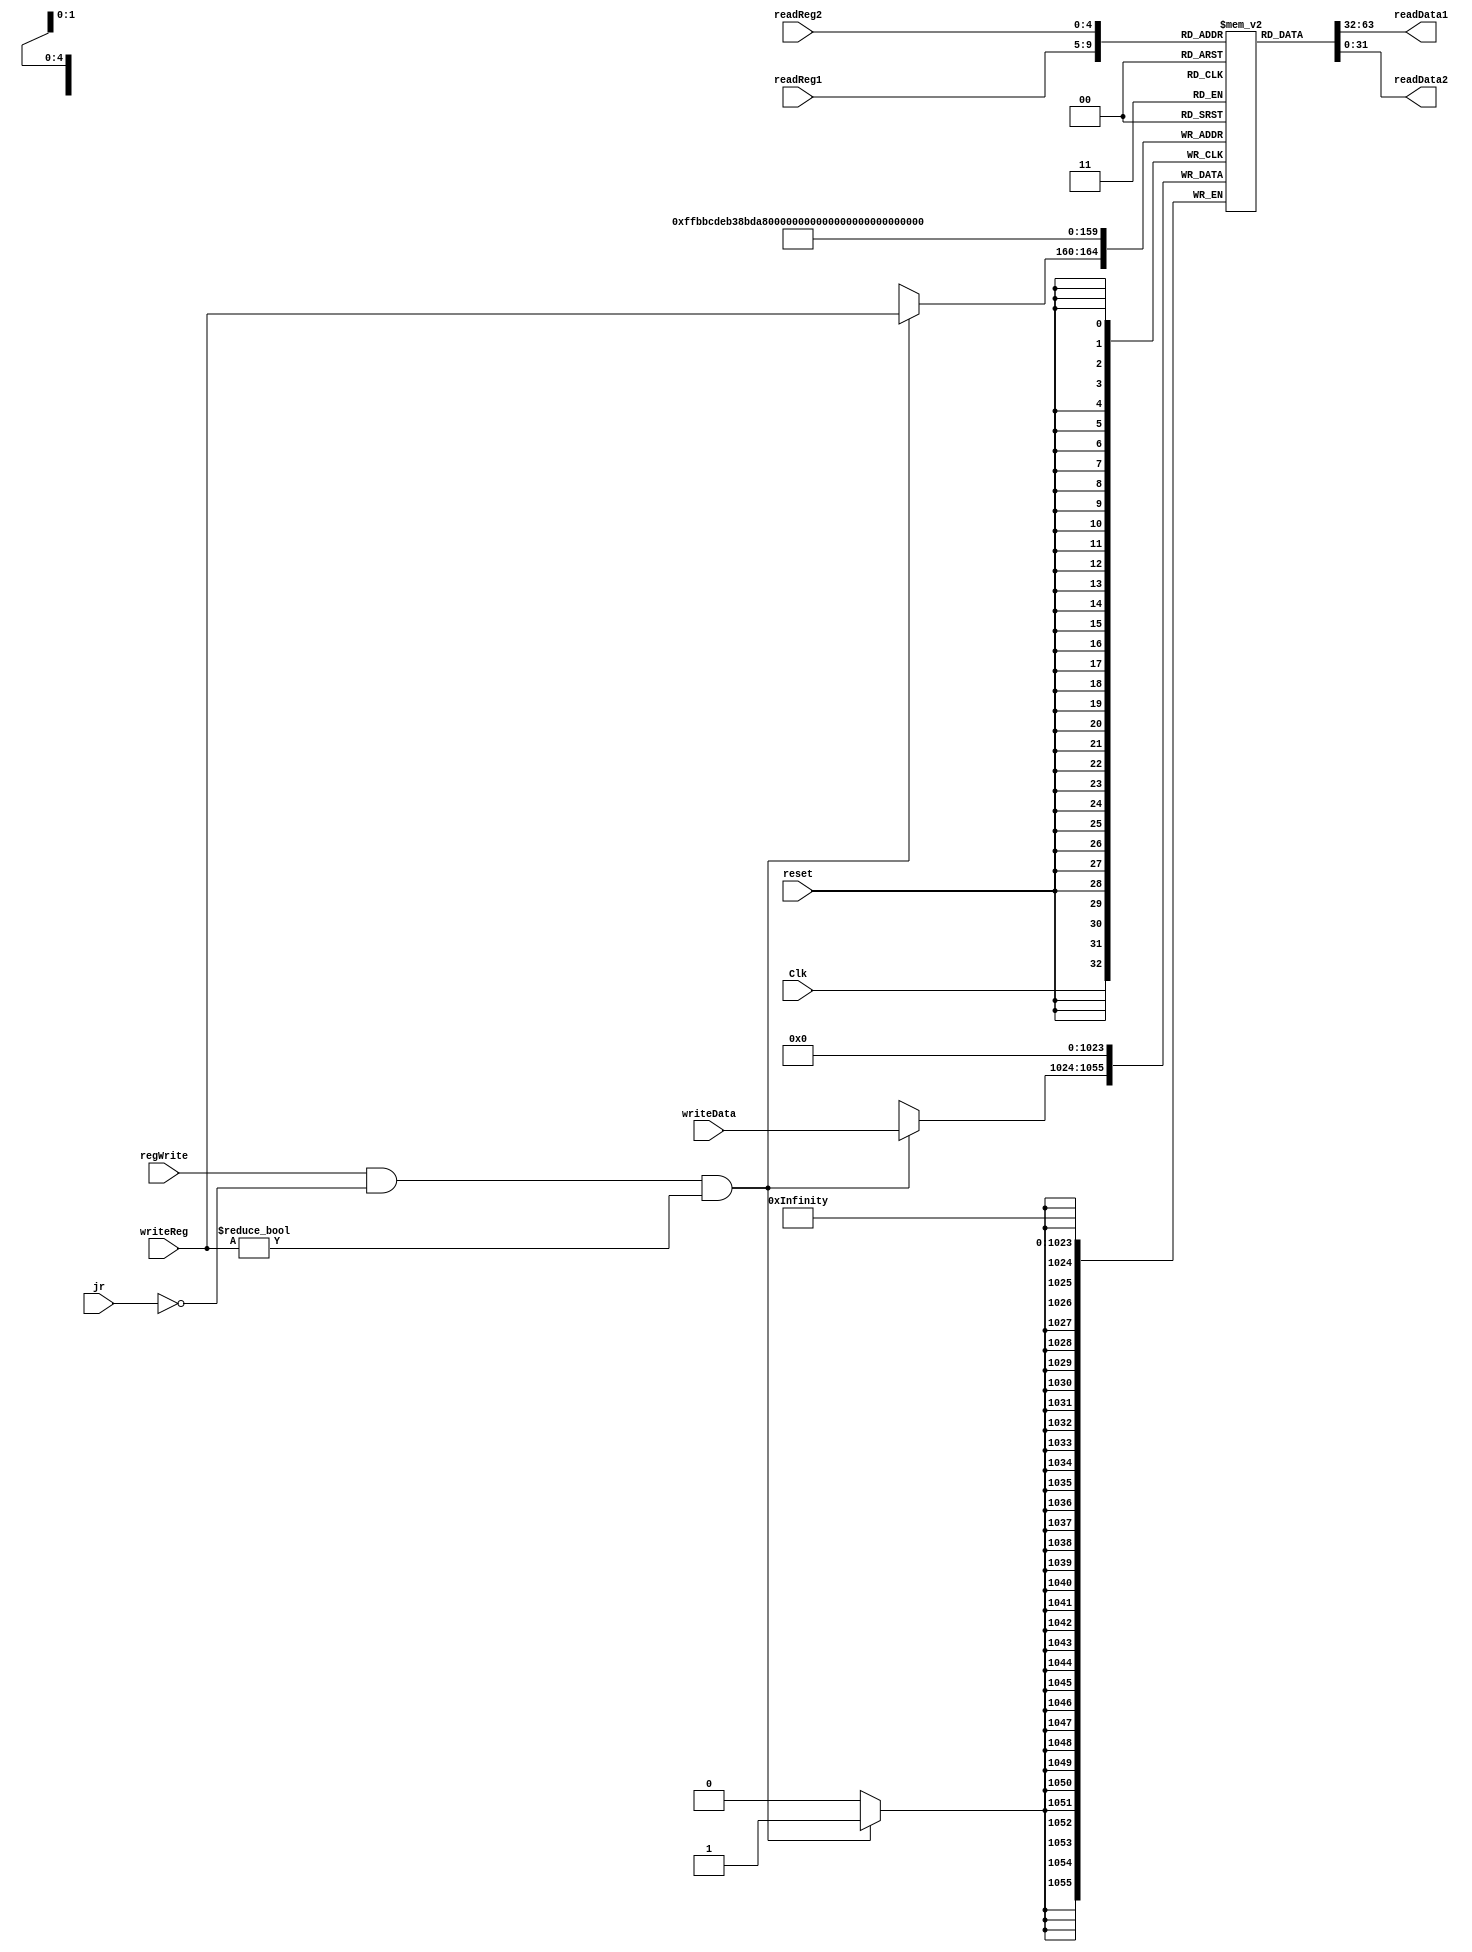
`timescale 1ns / 1ps
//////////////////////////////////////////////////////////////////////////////////
// Company: 
// Engineer: 
// 
// Design Name: 
// Module Name: Registers
// Project Name: 
// Target Devices: 
// Tool Versions: 
// Description: 
// 
// Dependencies: 
// 
// Revision:
// Revision 0.01 - File Created
// Additional Comments:
// 
//////////////////////////////////////////////////////////////////////////////////


module Registers(
    input Clk,
    input [25:21] readReg1,
    input [20:16] readReg2,
    input [4:0] writeReg,
    input [31:0] writeData,
    input regWrite,
    input jr,
    input reset,
    output [31:0] readData1,
    output [31:0] readData2
    );
    
    reg [31:0] regFile[0:31];
    reg [31:0] rd1;
    reg [31:0] rd2;
    integer i;
    
    always @(readReg1 or readReg2 or writeReg)
        begin
            rd1 = regFile[readReg1];
            rd2 = regFile[readReg2];
        end
    
    assign readData1 = rd1;
    assign readData2 = rd2;
    
    always @(negedge Clk)
        begin
            if(regWrite&&!jr&&writeReg!=0) regFile[writeReg] = writeData;
        end
        
    always @(posedge reset)
        begin
            for(i=0;i<32;i=i+1) begin
                regFile[i]=0;
            end
        end
    
endmodule